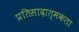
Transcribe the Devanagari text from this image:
प्रतिसादात्मकता